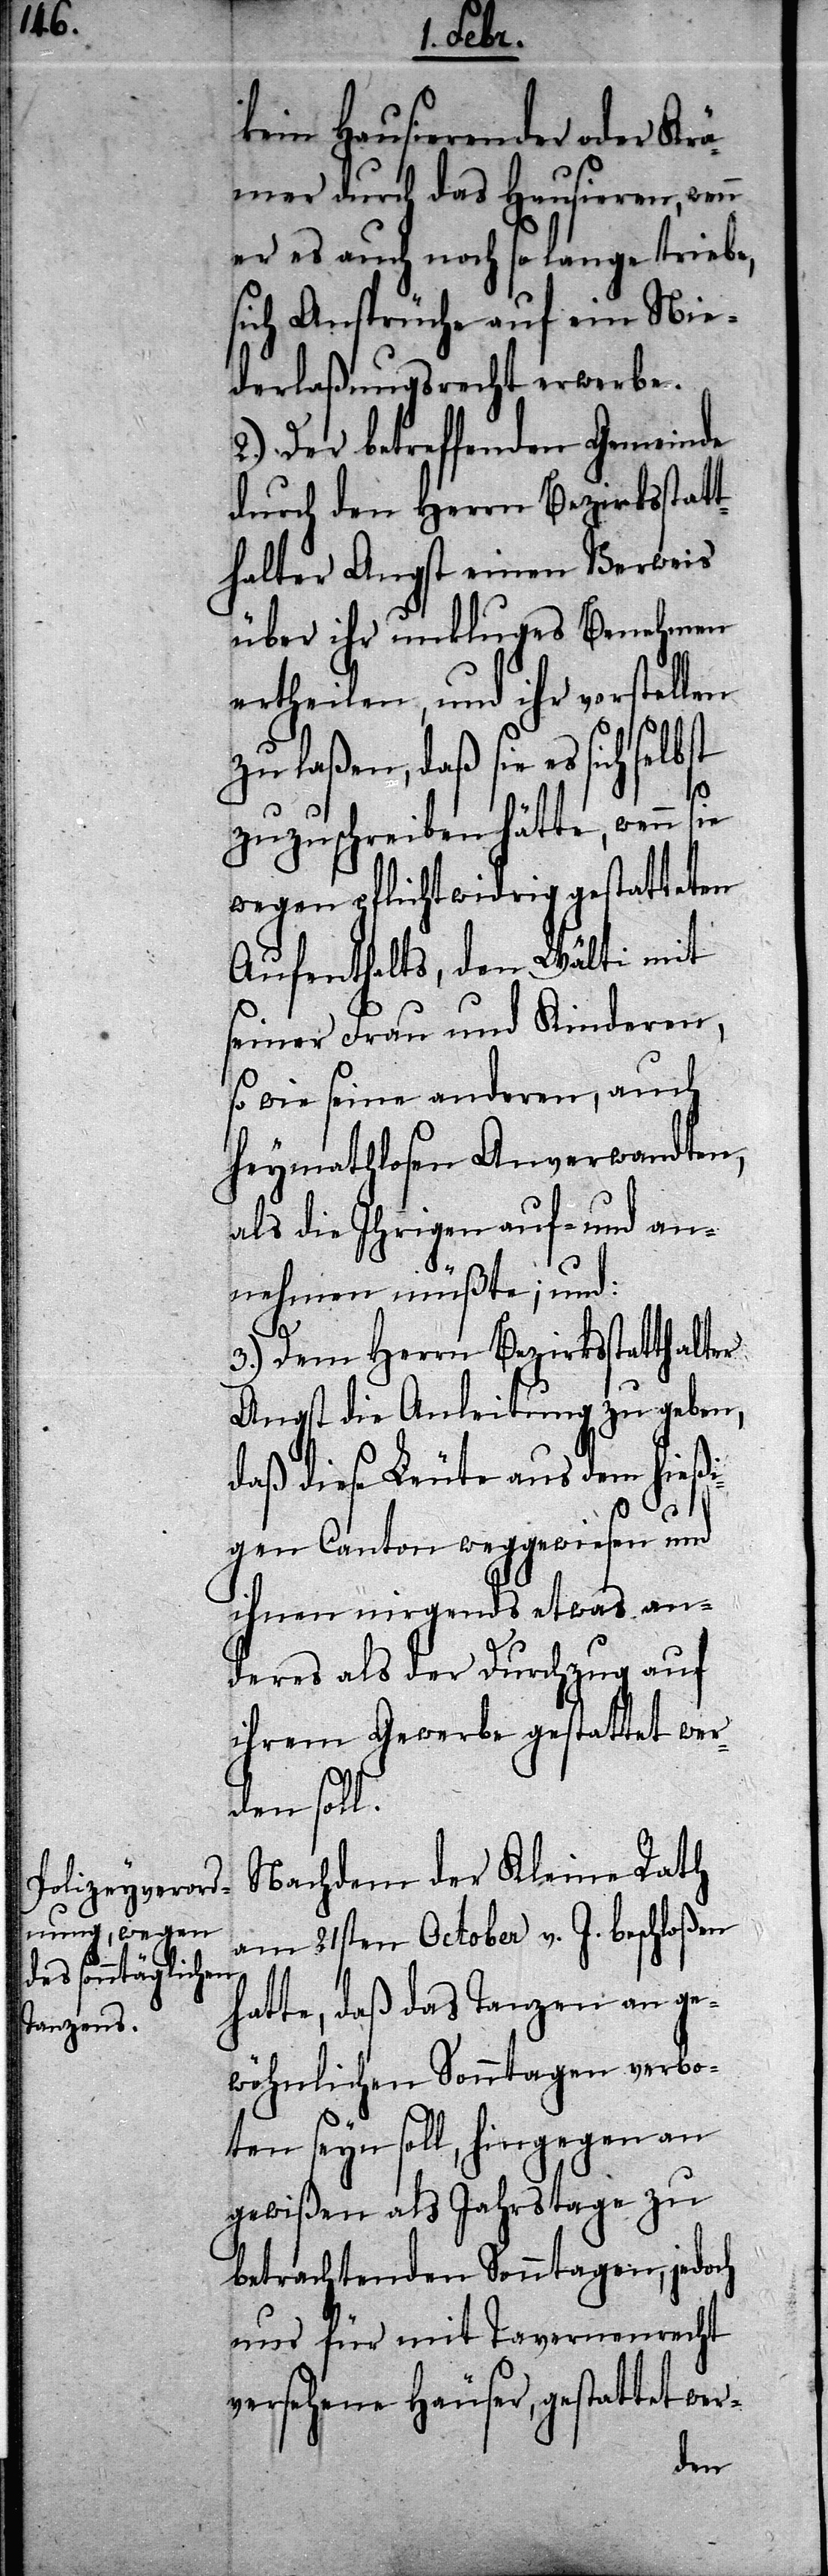
kein hausierender oder Krä¬
mer durch das Hausieren, wenn
er es auch noch so lange triebe,
sich Ansprüche auf ein Nie¬
derlaßungsrecht erwerbe.
2.) Der betreffenden Gemeinde
durch den Herrn Bezirksstatt¬
halter Angst einen Verweis
über ihr unkluges Benehmen
ertheilen, und ihr vorstellen
zu laßen, daß sie es sich selbst
zuzuschreiben hätte, wenn
wegen pflichtwidrig gestatteten
Aufenthalts, den Wälti mit
seiner Frau und Kinderen,
so wie seine anderen, auch
heymathlosen Anverwandten,
als die Ihrigen auf- und a¬
nehmen müßte; und:
3.) Dem Herrn Bezirksstatthalter
Angst die Anleitung zu geben,
daß diese Leute aus dem hießi¬
gen Canton weggewiesen und
ihnen nirgends etwas an¬
deres als der Durchzug auf
ihrem Gewerbe gestattet wer¬
den soll.
Nachdem der Kleine Rath
am 21sten October v. J. beschloßen
hatte, daß das Tanzen an ge¬
wöhnlichen Sonntagen verbo¬
ten seyn soll, hingegen an
gewißen als Jahrstage zu
betrachtenden Sonntagen, jedoch
nur für mit Tavernenrecht
versehene Häuser, gestattet wer-